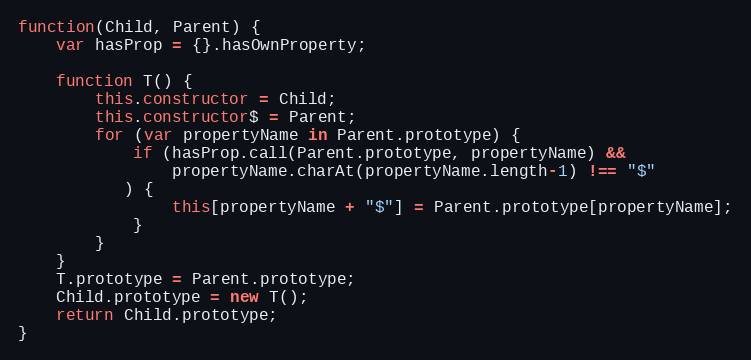
Language: JavaScript
function(Child, Parent) {
    var hasProp = {}.hasOwnProperty;

    function T() {
        this.constructor = Child;
        this.constructor$ = Parent;
        for (var propertyName in Parent.prototype) {
            if (hasProp.call(Parent.prototype, propertyName) &&
                propertyName.charAt(propertyName.length-1) !== "$"
           ) {
                this[propertyName + "$"] = Parent.prototype[propertyName];
            }
        }
    }
    T.prototype = Parent.prototype;
    Child.prototype = new T();
    return Child.prototype;
}